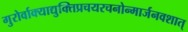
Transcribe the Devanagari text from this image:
गुरोर्वाक्याद्युक्तिप्रचयरचनोन्मार्जनवशात्